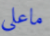
ماعلي